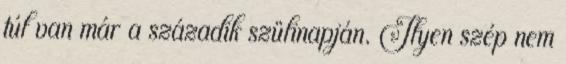
túl van már a századik szülinapján. Ilyen szép nem